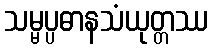
သမ္မပ္ပဓာနသံယုတ္တဿ